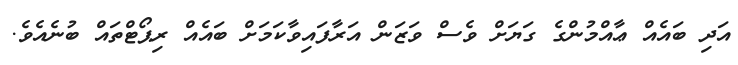
އަދި ބައެއް ޢާއްމުންގެ ގަޔަށް ވެސް ވަޒަން އަރާފައިވާކަމަށް ބައެއް ރިޕޯޓްތައް ބުނެއެވެ.